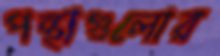
পন্থাগুলোর